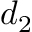
d _ { 2 }